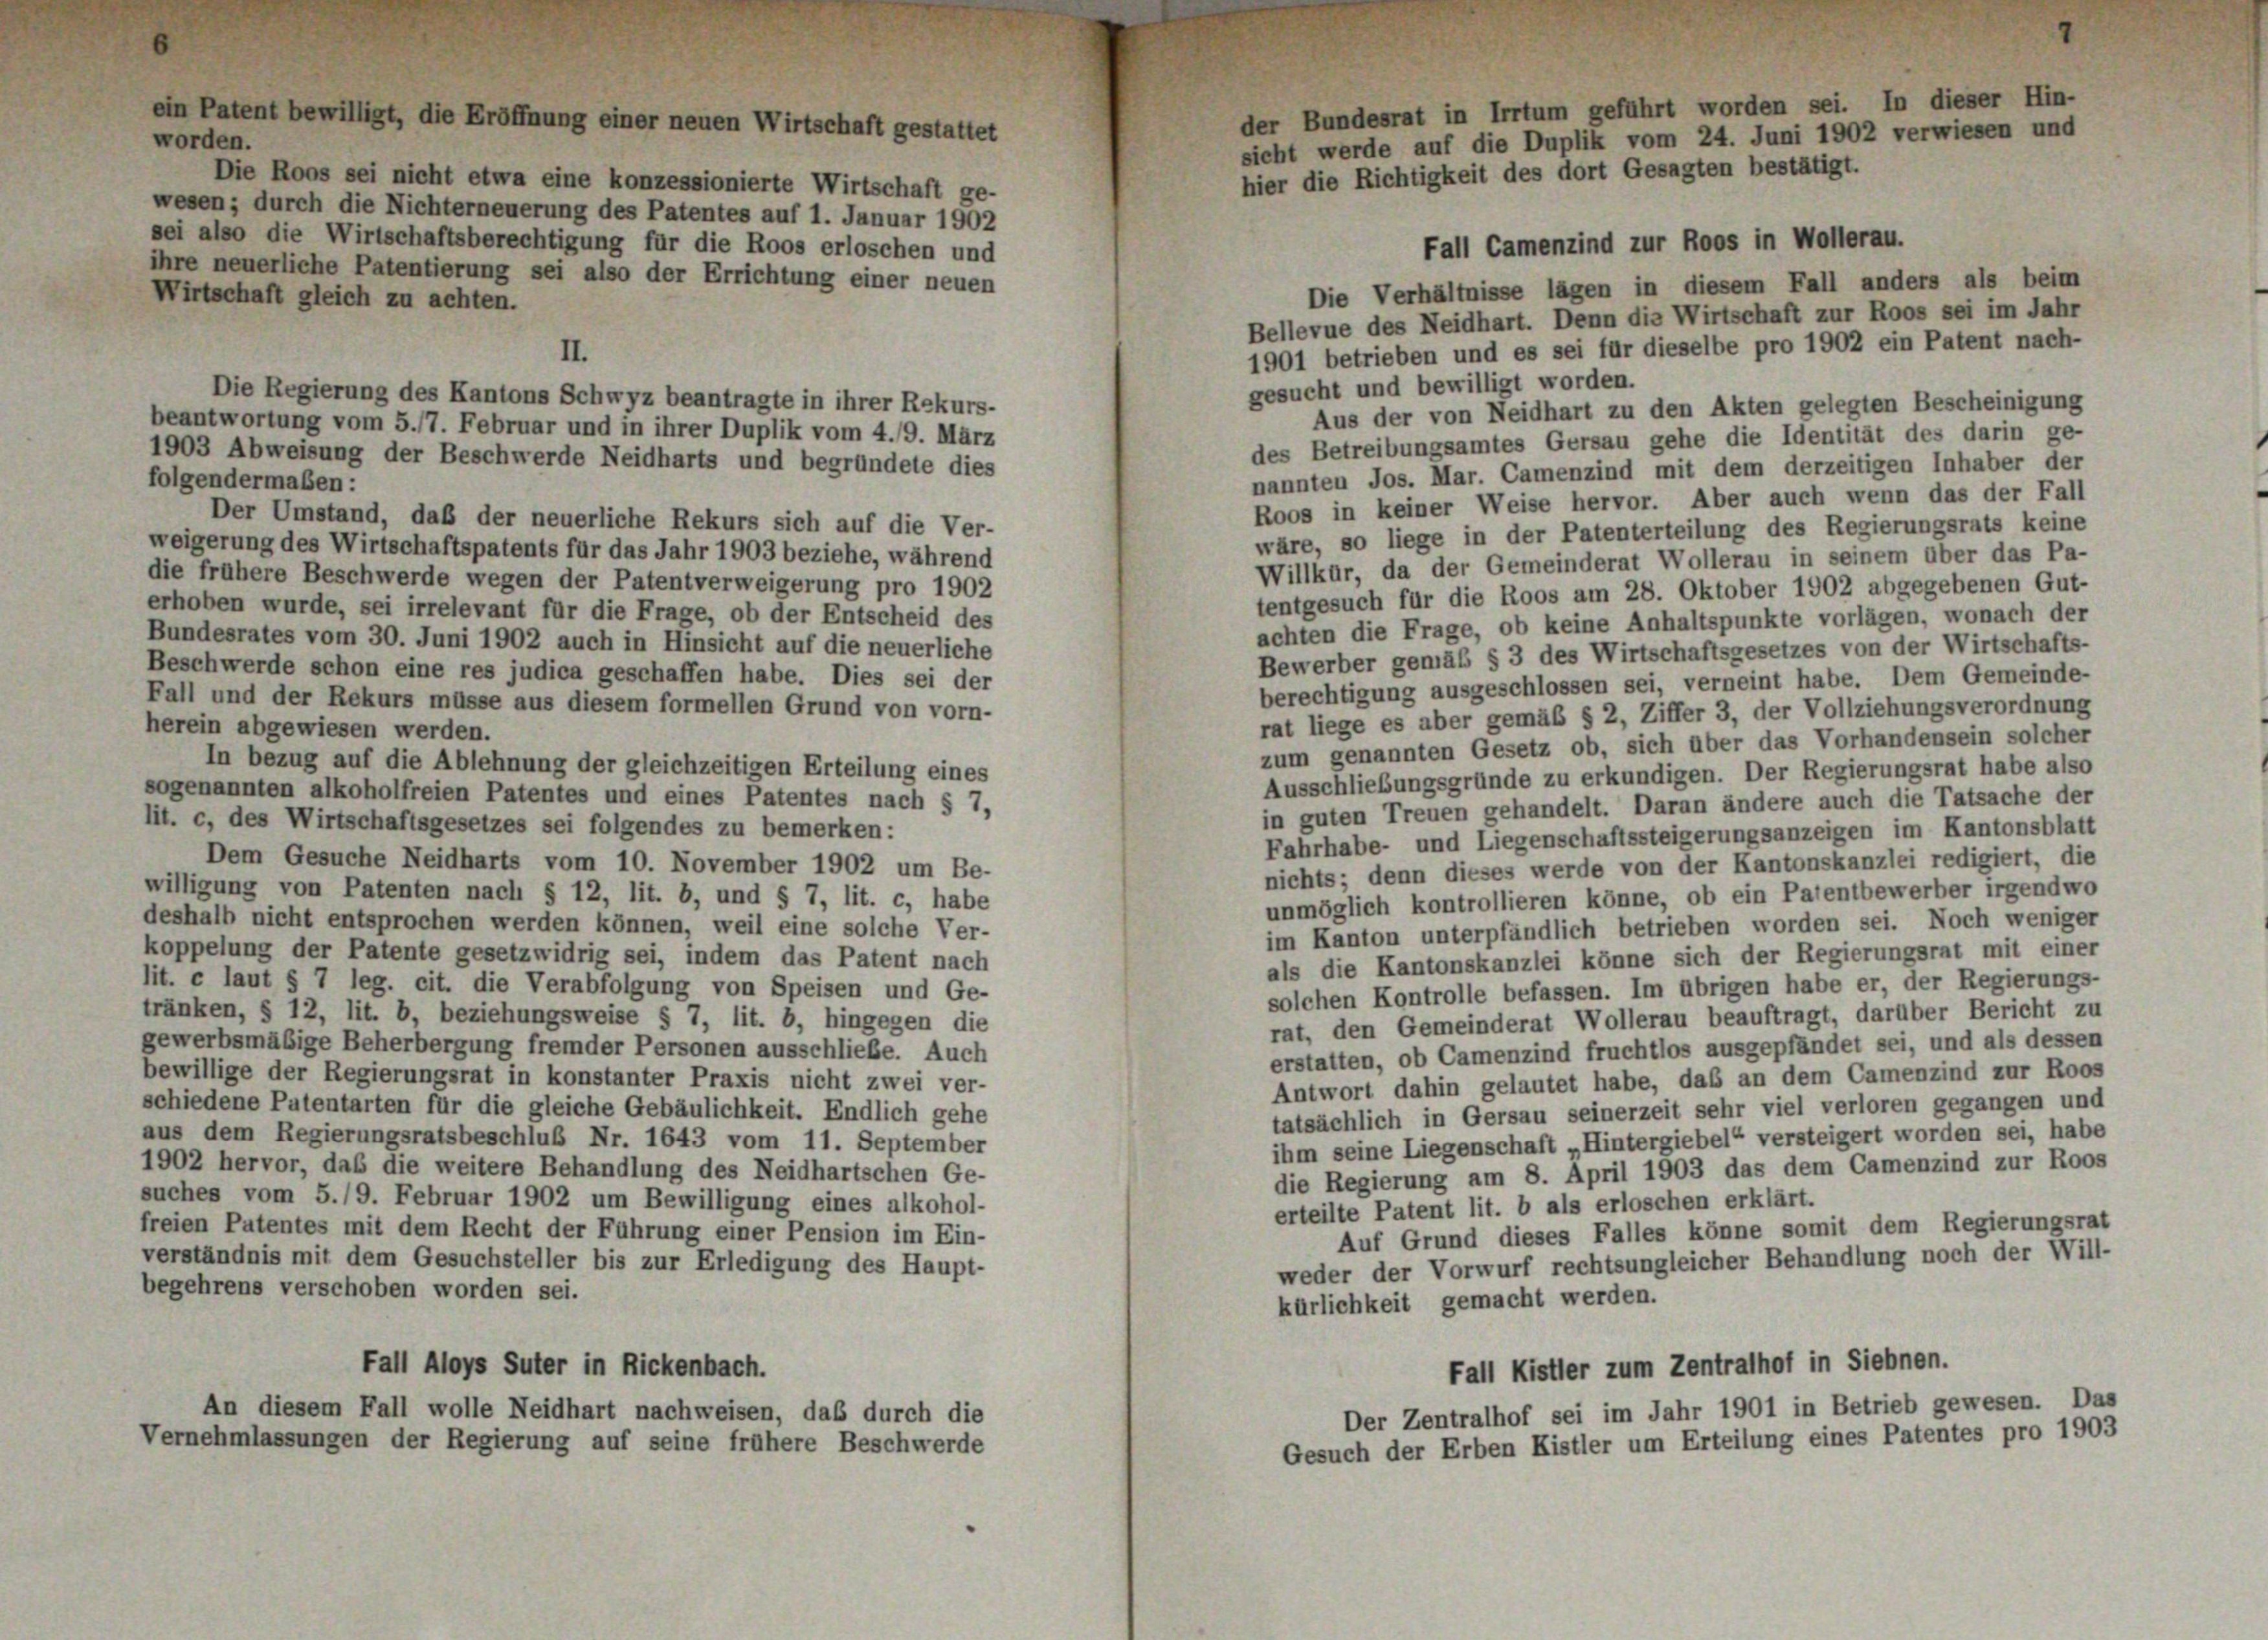
Die Roos sei nicht etwa eine konzessionierte Wirtschaft ge-
wesen; durch die Nichterneuerung des Patentes auf 1. Januar 1902
sei also die Wirtschaftsberechtigung für die Roos erloschen und
ihre neuerliche Patentierung sei also der Errichtung einer neuen
Wirtschaft gleich zu achten.
II.
beantwortung vom 5./7. Februar und in ihrer Duplik vom 4./9. März
1903 Abweisung der Beschwerde Neidharts und begründete dies
folgendermaßen:
Der Umstand, daß der neuerliche Rekurs sich auf die Ver-
weigerung des Wirtschaftspatents für das Jahr 1903 beziehe, während
die frühere Beschwerde wegen der Patentverweigerung pro 1902
erhoben wurde, sei irrelevant für die Frage, ob der Entscheid des
Bundesrates vom 30. Juni 1902 auch in Hinsicht auf die neuerliche
Beschwerde schon eine res judica geschaffen habe. Dies sei der
Fall und der Rekurs müsse aus diesem formellen Grund von vorn-
herein abgewiesen werden.
In bezug auf die Ablehnung der gleichzeitigen Erteilung eines
sogenannten alkoholfreien Patentes und eines Patentes nach § 7,
lit. c, des Wirtschaftsgesetzes sei folgendes zu bemerken:
Dem Gesuche Neidharts vom 10. November 1902 um Be-
willigung von Patenten nach § 12, lit. b, und § 7, lit. c, habe
deshalb nicht entsprochen werden können, weil eine solche Ver-
koppelung der Patente gesetzwidrig sei, indem das Patent nach
lit. c laut § 7 leg. cit. die Verabfolgung von Speisen und Ge-
tränken, § 12, lit. b, beziehungsweise § 7, lit. b, hingegen die
gewerbsmäßige Beherbergung fremder Personen ausschließe. Auch
bewillige der Regierungsrat in konstanter Praxis nicht zwei ver-
schiedene Patentarten für die gleiche Gebäulichkeit. Endlich gehe
aus dem Regierungsratsbeschluß Nr. 1643 vom 11. September
1902 hervor, daß die weitere Behandlung des Neidhartschen Ge-
suches vom 5./9. Februar 1902 um Bewilligung eines alkohol-
freien Patentes mit dem Recht der Führung einer Pension im Ein-
verständnis mit dem Gesuchsteller bis zur Erledigung des Haupt-
begehrens verschoben worden sei.

in Patent bewilligt, die Eröffnung einer neuen Wirtschaft gestattet
worden.

Die Regierung des Kantons Schwyz beantragte in ihrer Rekurs-

Fall Aloys Suter in Rickenbach.

An diesem Fall wolle Neidhart nachweisen, das durch die
Vernehmlassungen der Regierung auf seine frühere Beschwerde

Die Verhältnisse lägen in diesem Fall anders als beim
Bellevue des Neidhart. Denn die Wirtschaft zur Roos sei im Jahr
1901 betrieben und es sei für dieselbe pro 1902 ein Patent nach-
gesucht und bewilligt worden.
Aus der von Neidhart zu den Akten gelegten Bescheinigung
des Betreibungsamtes Gersau gehe die Identität des darin ge-
nannten Jos. Mar. Camenzind mit dem derzeitigen Inhaber der
Roos in keiner Weise hervor. Aber auch wenn das der Fall
wäre, so liege in der Patenterteilung des Regierungsrats keine
Willkür, da der Gemeinderat Wollerau in seinem über das Pa-
tentgesuch für die Roos am 28. Oktober 1902 abgegebenen Gut-
achten die Frage, ob keine Anhaltspunkte vorlägen, wonach der
Bewerber gemäß § 3 des Wirtschaftsgesetzes von der Wirtschafts-
berechtigung ausgeschlossen sei, verneint habe. Dem Gemeinde-
rat liege es aber gemäß § 2, Ziffer 3, der Vollziehungsverordnung
zum genannten Gesetz ob, sich über das Vorhandensein solcher
Ausschließungsgründe zu erkundigen. Der Regierungsrat habe also
in guten Treuen gehandelt. Daran ändere auch die Tatsache der
Fahrhabe- und Liegenschaftssteigerungsanzeigen im Kantonsblatt
nichts; denn dieses werde von der Kantonskanzlei redigiert, die
unmöglich kontrollieren könne, ob ein Patentbewerber irgendwo
im Kanton unterpfändlich betrieben worden sei. Noch weniger
als die Kantonskanzlei könne sich der Regierungsrat mit einer
solchen Kontrolle befassen. Im übrigen habe er, der Regierungs-
rat, den Gemeinderat Wollerau beauftragt, darüber Bericht zu
erstatten, ob Camenzind fruchtlos ausgepfändet sei, und als dessen
Antwort dahin gelautet habe, das an dem Camenzind zur Roos
tatsächlich in Gersau seinerzeit sehr viel verloren gegangen und
ihm seine Liegenschaft „Hintergiebel“ versteigert worden sei, habe
die Regierung am 8. April 1903 das dem Camenzind zur Roos
erteilte Patent lit. b als erloschen erklärt.
Auf Grund dieses Falles könne somit dem Regierungsrat
weder der Vorwurf rechtsungleicher Behandlung noch der Will-
kürlichkeit gemacht werden.
Fall Kistler zum Zentralhof in Siebnen.

der Bundesrat in Irrtum geführt worden sei. In dieser Hin-
sicht werde auf die Duplik vom 24. Juni 1902 verwiesen und
hier die Richtigkeit des dort Gesagten bestätigt.
Fall Camenzind zur Roos in Wollerau.

Der Zentralhof sei im Jahr 1901 in Betrieb gewesen. Das
Gesuch der Erben Kistler um Erteilung eines Patentes pro 1903